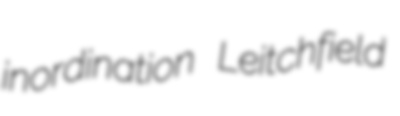
inordination Leitchfield